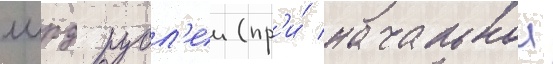
млрд рубл'еи (пр'и́ начальнои